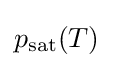
p_{\text{sat}}(T)